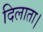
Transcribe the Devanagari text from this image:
दिलाता।